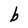
Character: b